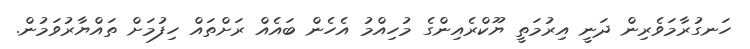
ހަނގުރާމަވެރިން ދަނީ އިރުމަތީ ޔޫކްރެއިންގެ މުހިއްމު އެހެން ބައެއް ރަށްތައް ހިފުމަށް ތައްޔާރުވަމުން.